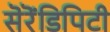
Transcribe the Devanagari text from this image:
सॆरॆंडिपिटी